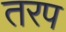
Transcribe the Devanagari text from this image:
तरप